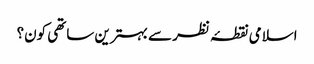
اسلامی نقطۂ نظر سے بہترین ساتھی کون؟